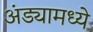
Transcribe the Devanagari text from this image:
अंड्यामध्ये